Vaccination in Bombay 1889-1901 - 1889-1901
Year: 1889
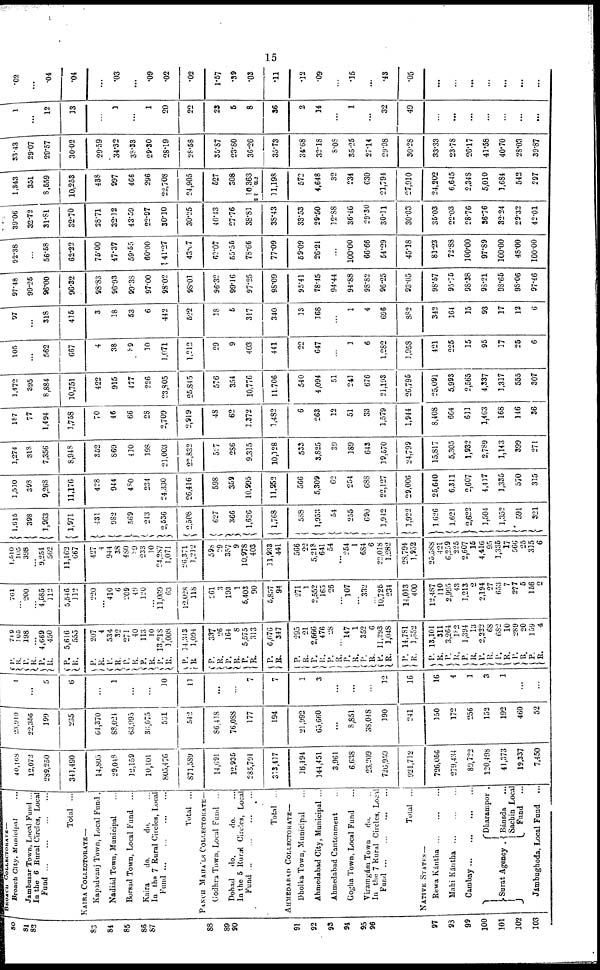
15
80
81
82
83
84
85
86
87
88
89
90
91
92
93
94
95
96
97
93
99
100
101
102
103
BROACH COLLECTORATE—
Broach City, Municipal ...
Jambusar Town, Local Fund ...
In the 6 Rural Circle, Local
Fund... ... ... ...
Total ...
KAIRA COLLECTORATE—
Kapadvanj Town, Local Fund .
Nadiád Town, Municipal ...
Borsad Town, Local Fund ...
Kaira
do.
do. ...
In the 7 Rural Circle, Local
Fund ... ... ... ...
Total ...
PANCH MAHÁLS COLLECTORATE —
Godhra Town, Local Fund ...
Dohad
do.
do.
...
In the 5 Rural Circles, Local
Fund... ... ... ...
Total ...
AHMEDABAD COLLECTORATE—
Dholka Town, Municipal ...
Ahmedabad City, Municipal ...
Ahmedabad Cantonment ...
Gogha Town, Local Fund ...
Viramgám Town
do. ...
In the 7 Rural Circle, Local
Fund... ... ... ...
Total ...
NATIVE STATES—
Rewa
Kántha...
...
...
Mahi
Kántha...
...
...
Cambay...
...
...
...
Surat Agency
Dharampor .
Bánsda ...
Sachin Local
Fund ...
Jámbughoda, Local Fund ...
40,168
12,072
289,250
341,490
14,805
29,048
12,159
10,101
805,476
871,589
14,691
12,935
235,791
313,417
16,494
144,451
3,961
6,638
23,209
726,959
921,712
726,056
279,434
89,722
120,498
41,373
19,337
7,450
23,910
22,356
199
235
64,370
88,024
63,995
36,075
501
542
86,418
76,088
177
194
21,992
65,660
...
8,851
38,048
190
241
150
172
256
152
192
460
52
1
...
5
6
...
1
...
...
10
11
...
...
7
7
1
3
...
...
...
12
16
16
4
1
3
1
...
...
P.
R.
P.
R.
P.
R.
P.
R.
749
105
198
...
4,669
450
5,616
555
P.
R.
P.
R.
P.
R.
P.
R.
P.
R.
P.
R.
207
4
534
32
271
40
113
10
13,218
1,008
14,343
1,094
P.
R.
P.
R.
P.
R.
P.
R.
337
26
164
8
5,575
313
6,076
347
P.
R.
P.
R.
P.
R.
P.
R.
P.
R.
P.
R.
P.
R.
295
21
2,666
476
28
...
147
1
352
6
11,293
1,048
14,781
1,552
P.
R.
P. R.
P.
R.
P.
R.
P.
R.
P.
R.
P.
R.
13,101
311
3,264
182
1,394
13
2,222
68
682
10
289
20
159
4
761
...
200
...
4,585
112
5,546
112
220
...
410
6
209
49
120
...
11,069
63
12,028
118
261
3
193
1
5,403
90
5,857
94
271
1
2,552
165
26
...
107
...
332
...
10,725
234
14,013
400
12,487
110
2,995
43
1,213
2
2,194
27
653
7
277
5
156
2
1,510
105
398
...
9,254
562
11,162
667
427
4
944
38
480
89
233
10
24,287
1,071
26,371
1,212
598
29
357
9
10,978
403
11,933
441
566
22
5,218
641
54
...
254
1
684
6
22,018
1,282
28,794
1,952
25,588
421
6,259
225
2,607
15
4,416
95
1,335
17
566
25
315
6
1,615
398
1,963
1,971
431
982
569
243
2,536
2,508
627
366
1,626
1,768
588
1,953
54
255
690
1,942
1,922
1,626
1,621
2,622
1,504
1,352
591
321
1,510
398
9,268
11,176
428
944
480
234
24,330
26,416
598
359
10,995
11,952
566
5,309
62
254
688
22,127
29,006
25,640
6,311
2,607
4,417
1,335
570
315
1,274
318
7,356
8,948
352
869
430
198
21,003
22,832
527
286
9,315
10,328
533
3,825
39
189
643
19,570
24,799
15,817
5,305
1,932
2,789
1,143
399
271
187
77
1,494
1,758
70
46
66
28
2,709
2,919
48
62
1,372
1,482
6
263
12
51
33
1,579
1,944
8,408
664
611
1,463
168
146
36
1,472
395
8,884
10,751
422
915
477
226
23,805
25,845
576
354
10,776
11,706
540
4,094
51
241
676
21,193
26,795
25,091
5,993
2,565
4,337
1,317
555
307
105
...
562
667
4
38
89
10
1,071
1,212
29
9
403
441
22
647
...
1
6
1,282
1,958
421
225
15
95
37
25
6
97
...
318
415
3
18
53
6
442
522
18
5
317
340
13
168
...
1
4
696
882
342
164
15
93
17
12
6
97.48
99.25
96.00
96.32
98.83
96.93
99.38
97.00
98.02
98.01
96.32
99.16
97.25
98.09
95.41
78.45
94.44
94.88
98.82
96.25
93.05
98.57
95.75
98.38
98.21
98.65
98.06
97.46
92.38
...
56.58
62.22
75.00
47.37
59.65
60.00
41.27
43.07
62.07
55.55
78.66
77.09
59.09
26.21
...
100.00
66.66
54.29
45.18
81.23
72.88
100.00
97.89
100.00
48.00
100.00
39.06
32.72
31.81
32.70
28.71
32.12
43.59
22.97
30.10
30.25
40.43
27.76
38.81
38.43
33.53
29.50
12.88
36.46
29.30
30.11
30.03
35.03
22.03
28.76
36.76
32.24
2932
42.01
1,343
351
8,559
10,253
438
997
466
296
22,708
24,905
527
308
10,363
11,198
572
4,648
32
234
630
21,794
27,910
24,202
6,645
2.348
5,010
1,684
542
297
33.43
29.07
29.57
30.02
29.59
34.32
38.33
29.30
28.19
28.58
35.87
23.80
36.26
35.73
34.68
32.18
8.08
35.25
27.14
29.98
30.28
33.33
23.78
26.17
41.58
40.70
28.03
39.87
1
...
12
13
...
1
...
1
20
22
23
5
8
36
2
14
...
1
...
32
49
...
...
...
...
...
...
...
.02
...
.04
.04
...
.03
...
.09
.02
.02
1.57
.39
.03
.11
.12
.09
...
.15
...
.43
.05
...
...
...
...
...
...
...